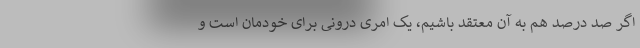
اگر صد درصد هم به آن معتقد باشیم، یک امری درونی برای خودمان است و